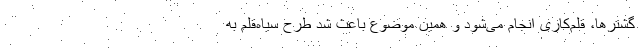
گشترها، قلم‌کاری انجام می‌شود و همین موضوع باعث شد طرح سیاه‌قلم به